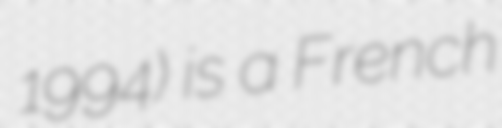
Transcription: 1994) is a French